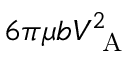
6 \pi \mu b V _ { \mathrm { ~ A ~ } } ^ { 2 }